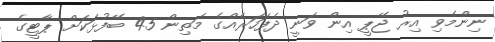
ނިންމެވި އިރު ޖޭޕީ އިން ވަނީ ދެފަހަރެއްގެ މަތިން 45 ބޭފުޅަކަށް ޕާޓީގެ